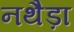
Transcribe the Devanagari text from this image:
नथैड़ा